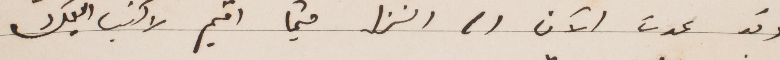
وقد عدت الآن  الى المنزل حيثما أقيم لاكتب اليك